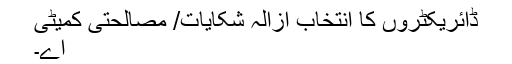
ڈائریکٹروں کا انتخاب ازالہ شکایات/ مصالحتی کمیٹی
اے۔